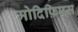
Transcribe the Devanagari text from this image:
मोदिफ़िएस